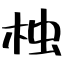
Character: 𣑺